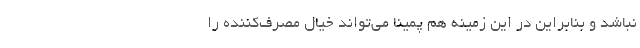
نباشد و بنابراین در این زمینه هم پمینا می‌تواند خیال مصرف‌کننده را